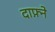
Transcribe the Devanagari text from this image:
दाफ़्ने